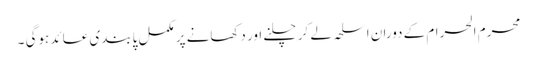
محرم الحرام کے دوران اسلحہ لے کر چلنے اور دکھانے پر مکمل پابندی عائد ہوگی ۔